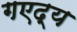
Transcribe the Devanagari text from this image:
गएद्य